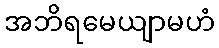
အဘိရမေယျာမဟံ